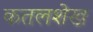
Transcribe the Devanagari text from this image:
कतलशेख